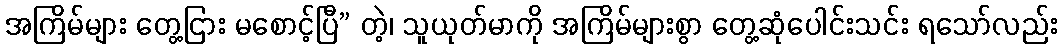
အကြိမ်များ တွေ့ငြား မစောင့်ပြီ” တဲ့၊ သူယုတ်မာကို အကြိမ်များစွာ တွေ့ဆုံပေါင်းသင်း ရသော်လည်း